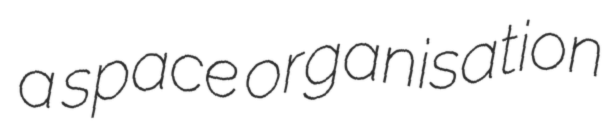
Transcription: a space organisation